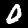
Label: 0